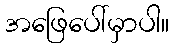
အဖြေပေါ်မှာပါ။